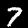
Digit: 7